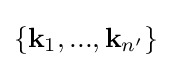
\{{\textbf {k}}_{1},...,{\textbf {k}}_{n'}\}